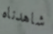
شاهدناه